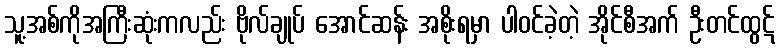
သူ့အစ်ကိုအကြီးဆုံးကလည်း ဗိုလ်ချုပ် အောင်ဆန်း အစိုးရမှာ ပါဝင်ခဲ့တဲ့ အိုင်စီအက် ဦးတင်ထွဋ်